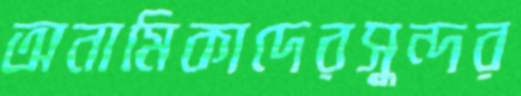
অনামিকাদেরসুন্দর